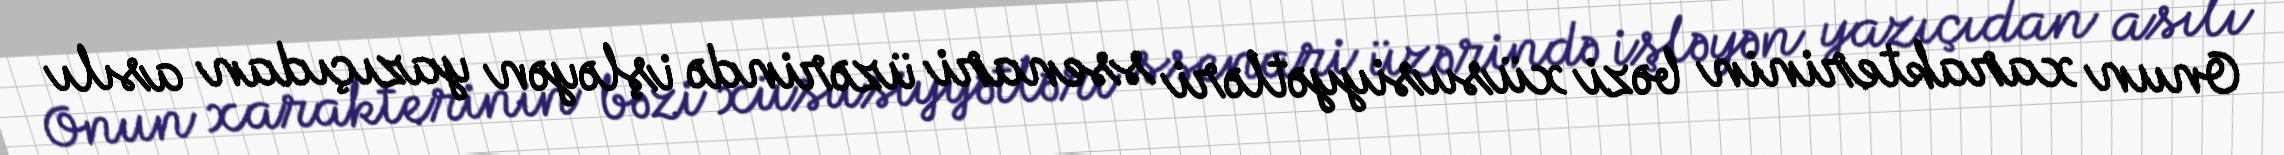
Onun xarakterinin bəzi xüsusiyyətləri ssenari üzərində işləyən yazıçıdan asılı